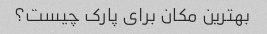
بهترین مکان برای پارک چیست؟